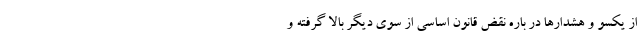
از یکسو و هشدارها در باره نقض قانون اساسی از سوی دیگر بالا گرفته و